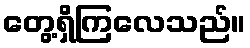
တွေ့ရှိကြလေသည်။